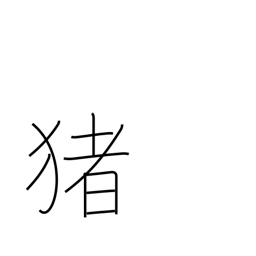
Meaning: boar